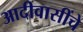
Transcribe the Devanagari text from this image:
आदीवासींचे